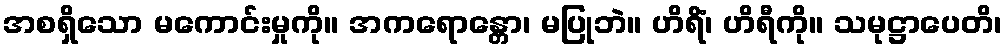
အစရှိသော မကောင်းမှုကို။ အကရောန္တော၊ မပြုဘဲ။ ဟိရိံ၊ ဟိရီကို။ သမုဋ္ဌာပေတိ၊